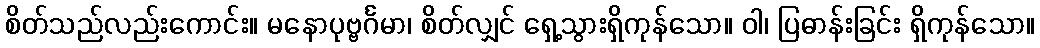
စိတ်သည်လည်းကောင်း။ မနောပုဗ္ဗင်္ဂမာ၊ စိတ်လျှင် ရှေ့သွားရှိကုန်သော။ ဝါ၊ ပြဓာန်းခြင်း ရှိကုန်သော။